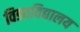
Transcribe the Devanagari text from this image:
विडवविद्यालय